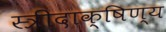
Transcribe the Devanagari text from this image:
स्त्रीदाक्षिण्य